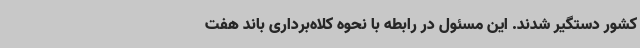
کشور دستگیر شدند. این مسئول در رابطه با نحوه کلاه‌برداری باند هفت